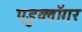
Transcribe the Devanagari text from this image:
एडुव्लॉगर